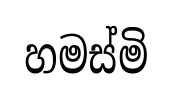
හමස්මි